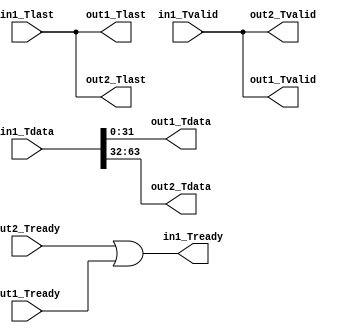
`timescale 1ns / 1ps
//////////////////////////////////////////////////////////////////////////////////
// Company: 
// Engineer: 
// 
// Design Name: 
// Module Name: OutIPW
// Project Name: 
// Target Devices: 
// Tool Versions: 
// Description: 
// 
// Dependencies: 
// 
// Revision:
// Revision 0.01 - File Created
// Additional Comments:
// 
//////////////////////////////////////////////////////////////////////////////////


module OutIPW(
input [63:0] in1_Tdata,
input in1_Tvalid,
input in1_Tlast,
output in1_Tready,

output [31:0] out1_Tdata,
output out1_Tvalid,
output out1_Tlast,
input out1_Tready,

output [31:0] out2_Tdata,
output out2_Tvalid,
output out2_Tlast,
input out2_Tready);

assign out1_Tdata=in1_Tdata[31:0];
assign out2_Tdata=in1_Tdata[63:32];

assign out1_Tvalid= in1_Tvalid;
assign out2_Tvalid= in1_Tvalid;

assign out1_Tlast=in1_Tlast;
assign out2_Tlast=in1_Tlast;

assign in1_Tready =out2_Tready || out1_Tready;

endmodule